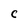
Character: C